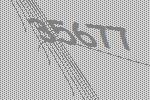
35677